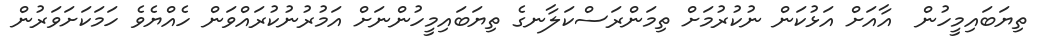
ތިޔަބައިމީހުން  އާއަށް އަޅުކަން ނުކުރުމަށް ތިމަންރަސްކަލާނގެ ތިޔަބައިމީހުންނަށް އަމުރުނުކުރައްވަން ހެއްޔެވެ ހަމަކަށަވަރުން